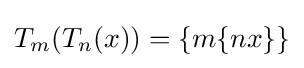
T_{m}(T_{n}(x))=\{m\{nx\}\}